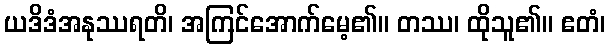
ယဒိဒံအနုဿရတိ၊ အကြင်အောက်မေ့၏။ တဿ၊ ထိုသူ၏။ ဧတံ၊